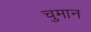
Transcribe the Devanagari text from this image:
चुमान